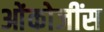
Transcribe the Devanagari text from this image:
ओंकोजींस